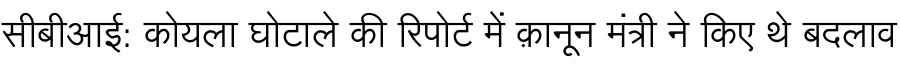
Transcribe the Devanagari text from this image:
सीबीआई: कोयला घोटाले की रिपोर्ट में क़ानून मंत्री ने किए थे बदलाव